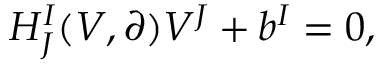
H _ { J } ^ { I } ( V , \partial ) V ^ { J } + b ^ { I } = 0 ,